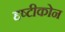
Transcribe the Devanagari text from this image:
द्दष्टीकोन